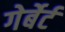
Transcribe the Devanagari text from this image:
गेर्बेर्ट